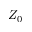
Z _ { 0 }